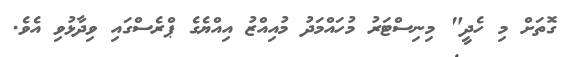
ގޮތަށް މި ހެދީ" މިނިސްޓަރު މުހައްމަދު މުއިއްޒު އިއްޔެގެ ޕްރެސްގައި ވިދާޅުވި އެވެ.